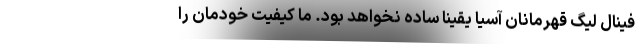
فینال لیگ قهرمانان آسیا یقینا ساده نخواهد بود. ما کیفیت خودمان را